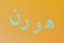
هورن